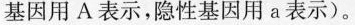
基因用A表示，隐性基因用a表示)。